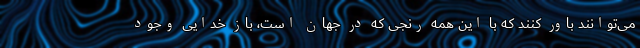
می‌توانند باور کنند که با این همه رنجی که در جهان است، باز خدایی وجود